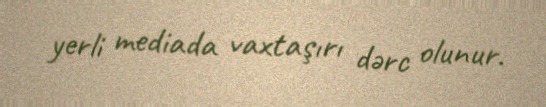
yerli mediada vaxtaşırı dərc olunur.